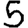
Digit: 5